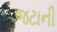
જટાની